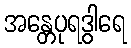
အန္တေပုရဒွါရေ